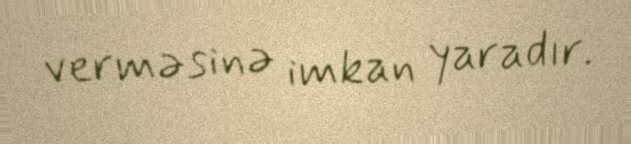
verməsinə imkan yaradır.